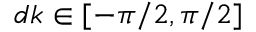
d k \in [ - \pi / 2 , \pi / 2 ]